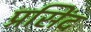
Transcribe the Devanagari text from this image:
प्रसिंद